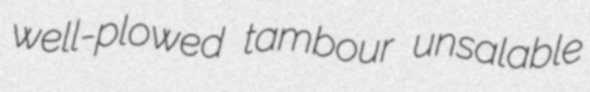
well-plowed tambour unsalable